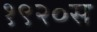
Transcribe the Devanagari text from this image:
१९२०स